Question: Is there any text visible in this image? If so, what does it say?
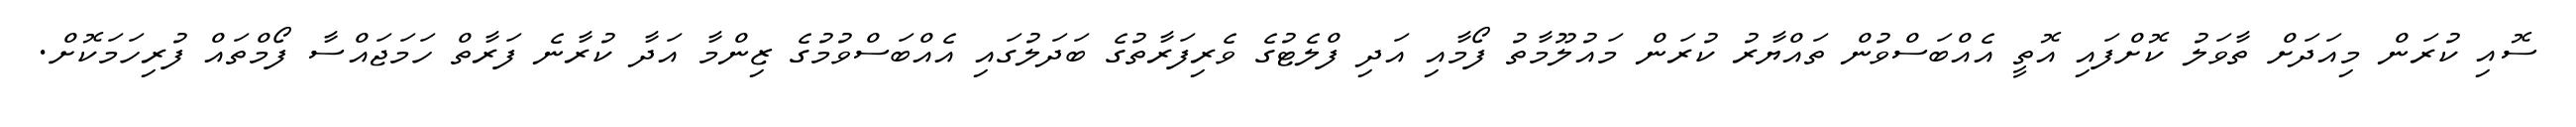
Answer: ސޮއި ކުރަން މިއަދަށް ތާވަލު ކޮށްފައި އޮތީ އެއްބަސްވުން ތައްޔާރު ކުރަން މައުލޫމާތު ފޯމާއި އަދި ފްލެޓުގެ ވެރިފަރާތުގެ ބަދަލުގައި އެއްބަސްވުމުގެ ޒިންމާ އަދާ ކުރާނެ ފަރާތް ހަމަޖައްސާ ފޯމްތައް ފުރިހަމަކޮށް.